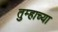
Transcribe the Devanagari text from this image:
तुम्हाच्या